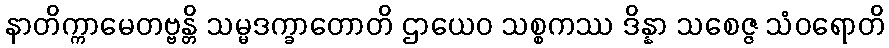
နာတိက္ကာမေတဗ္ဗန္တိ သမ္မဒက္ခာတောတိ ဌာယေဝ သစ္စကဿ ဒိန္နာ သစေဇ္ဇ သံဝရောတိ